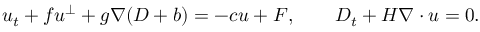
u _ { t } + f u ^ { \perp } + g \nabla ( D + b ) = - c u + F , \qquad D _ { t } + H \nabla \cdot u = 0 .